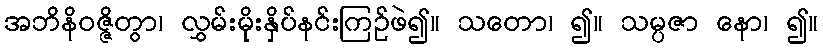
အဘိနိဝဇ္ဇိတွာ၊ လွှမ်းမိုးနှိပ်နင်းကြဉ်ဖဲ၍။ သတော၊ ၍။ သမ္ပဇာ နော၊ ၍။